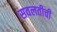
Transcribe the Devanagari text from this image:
सवलतीची